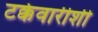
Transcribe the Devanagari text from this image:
टक्केवारीशी